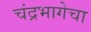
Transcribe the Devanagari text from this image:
चंद्रभागेचा